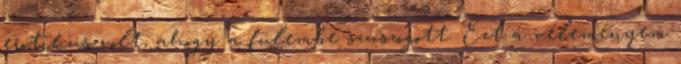
erotikus volt, ahogy a fülembe szuszogott. Ezt a véleményem